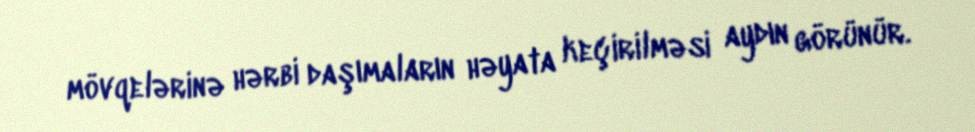
mövqelərinə hərbi daşımaların həyata keçirilməsi aydın görünür.